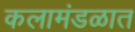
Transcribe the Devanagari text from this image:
कलामंडळात